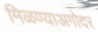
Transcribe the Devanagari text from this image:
मिळण्याअगोदर